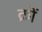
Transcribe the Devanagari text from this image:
क्रों